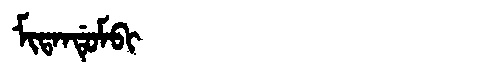
Manchu: ᠮᡳᡨᠠᠨᡩᡠᠮᠪᡳ
Romanization: MITANDUMBI